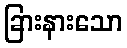
ခြားနားသော